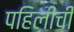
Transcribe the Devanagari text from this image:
पहिलीची